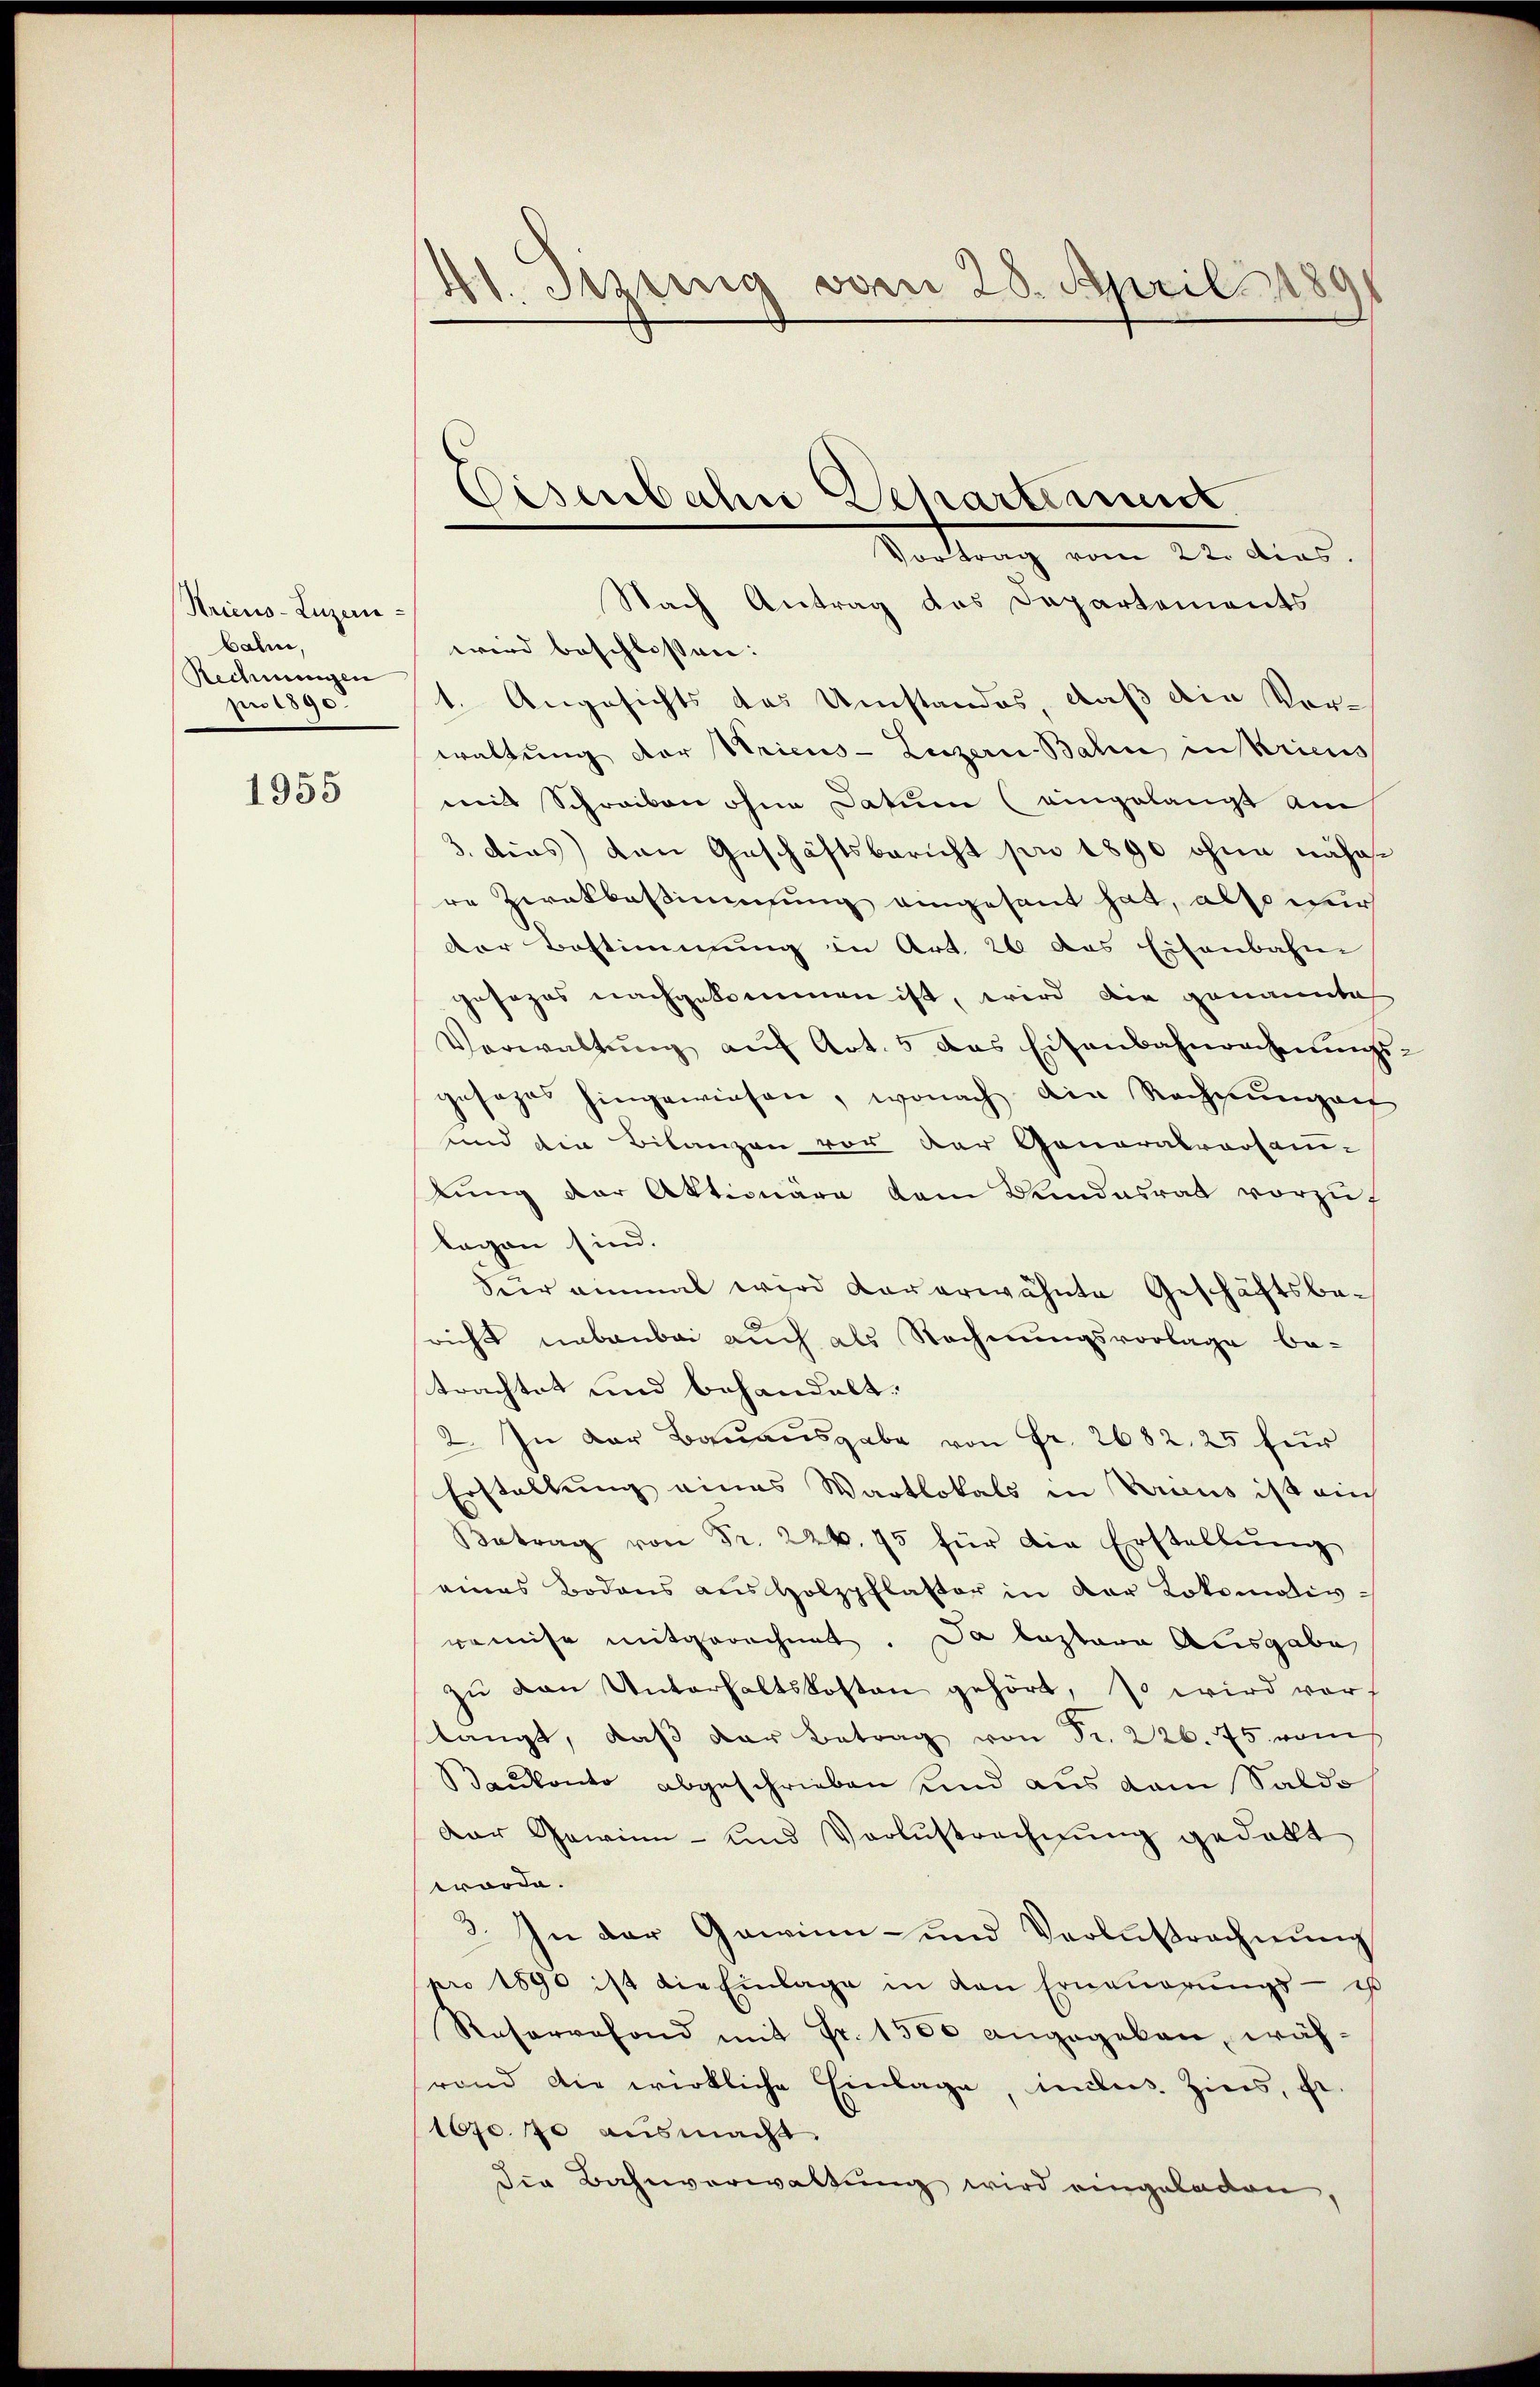
Stricus Luzern
bahn,
Rechnungen
In 1890.

1955

41. Sezing vom 20. April 188

Nach Antrag des Departements
wird beschlossen:
1. Angesichts das Umstandes, daß die Vorwaltung der Stricus-Luzern Balin in Kricus
mit Schreiben ohne Datum (eingelangt am
3. dies den Geschäftsbericht pro 1890 ohne nähere Zwekbesinnung eingesant hat, also nur
der Bestimmung in Art. 26 das Eisenbahn
gesages nachgekommen ist, wird die genannte
Verwaltŭng aŭf Art. 5 das Eisenbahnrechnŭngs-
gesaget hingewiesen, wonach die Rechnŭngen
und die Bilanzen vor der Generalvorsamlung der Aktionäre dem Sendesrat vorzuf
legen sind.
Sur einmal wird vorerwähnte Geschäftsbericht nebenbei auch als Rechnungsvorlage be-
trachtet und behandelt.
2. In der Bauausgabe von Fr. 2682. 25 für
Erstellung eines Wartlokals in Varicus ist ein
Betrag von Fr. 224. 75 für die Erstellŭng
eines Bodens aus Holzpflaster in der Lokomotiv-
weise mitgerechnet. Da lastere Ausgabe
zŭ den Unterhaltskosten gehört, so wird vor
langt, daß der Betrag von Fr. 226. 75 vom
Baukonto abgeschrieben und aus vom Saldo
Der Gewinn- und Verlustrechnung gedacht
worde.
3. In der Gawinn- und Verlustrechnung
pro 1890 ist die Einlage in den Erneŭerŭngs- es
Reservefond mit Fr. 1500 angegeben, währand die wirkliche Einlage, indes Zins, fr.
1070. 70 ausmacht.
die Bahnverwaltung wird eingeladen,

Eisenbahne Departement
Vortrag vom 22. dies.